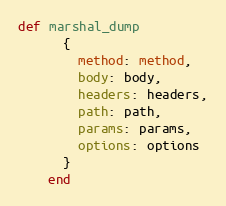
Language: Ruby
def marshal_dump
      {
        method: method,
        body: body,
        headers: headers,
        path: path,
        params: params,
        options: options
      }
    end